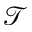
\mathcal { T }